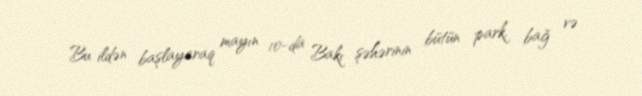
Bu ildən başlayaraq mayın 10-da Bakı şəhərinin bütün park, bağ və